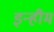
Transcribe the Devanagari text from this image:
इन्हीम